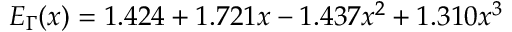
E _ { \Gamma } ( x ) = 1 . 4 2 4 + 1 . 7 2 1 x - 1 . 4 3 7 x ^ { 2 } + 1 . 3 1 0 x ^ { 3 }